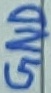
Text: GND